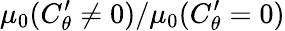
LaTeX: \mu_{0}(C_{\theta}^{\prime}\neq 0)/\mu_{0}(C_{\theta}^{\prime}=0)